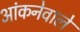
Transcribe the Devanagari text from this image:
आंकनेवाले